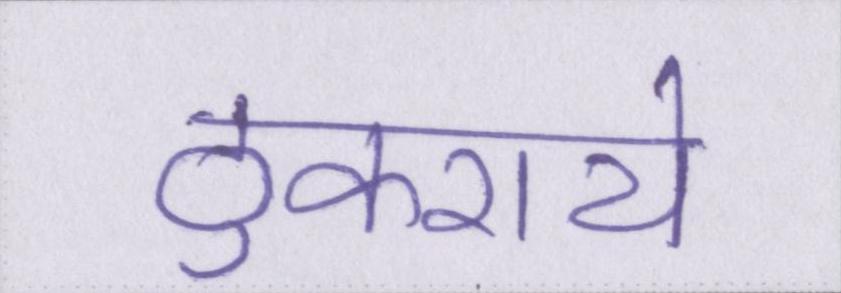
ठुकराये